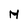
Character: M